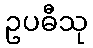
ဥပဓီသု